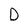
Character: D